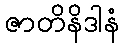
ဇာတိနိဒါနံ